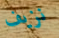
نزيف